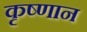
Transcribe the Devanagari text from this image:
कृष्णान